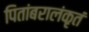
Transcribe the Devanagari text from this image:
पितांबरालंकृतं